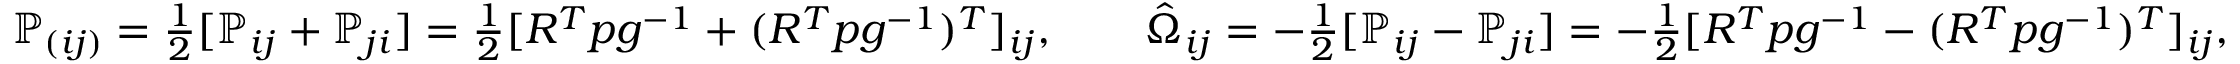
\begin{array} { r } { { \mathbb P } _ { ( i j ) } = \frac 1 2 [ { \mathbb P } _ { i j } + { \mathbb P } _ { j i } ] = \frac 1 2 [ R ^ { T } p g ^ { - 1 } + ( R ^ { T } p g ^ { - 1 } ) ^ { T } ] _ { i j } , \qquad \hat { \Omega } _ { i j } = - \frac 1 2 [ { \mathbb P } _ { i j } - { \mathbb P } _ { j i } ] = - \frac 1 2 [ R ^ { T } p g ^ { - 1 } - ( R ^ { T } p g ^ { - 1 } ) ^ { T } ] _ { i j } , } \end{array}